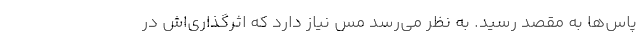
پاس‌ها به مقصد رسید. به نظر می‌رسد مس نیاز دارد که اثرگذاری‌اش در